Annual report on the Civil Veterinary Department, Burma (including the Insein Veterinary School) - 1910-1922
Year: 1910
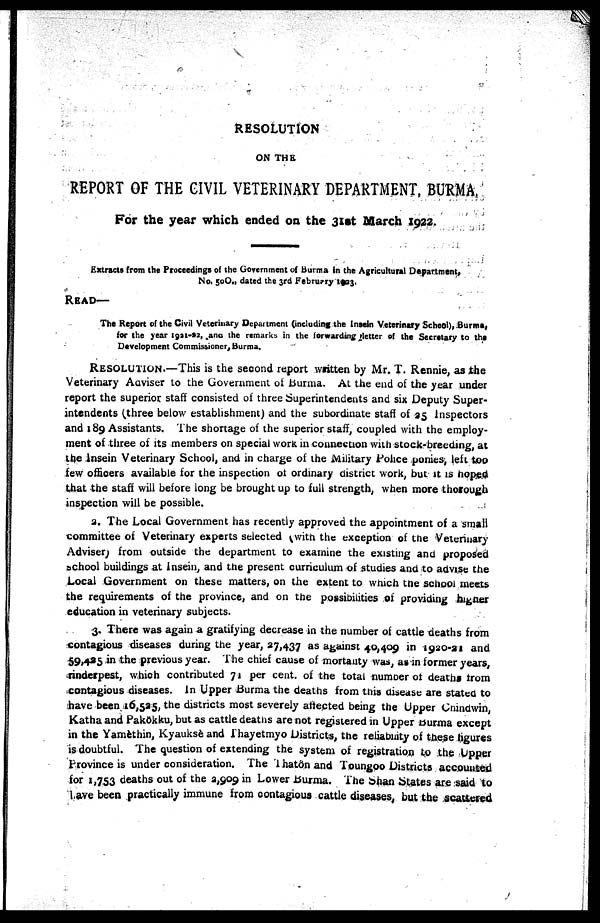
RESOLUTION
ON THE
REPORT OF THE CIVIL VETERINARY DEPARTMENT, BURMA,
For the year which ended on the 31st March 1922.
Extracts from the Proceedings of the Government of Burma in the Agricultural Department,
No. 50O., dated the 3rd February 1933,
READ—
The Report of the Civil Veterinary Department (including the Insein Veterinary School), Burma,
for the year 1921-22, and the remarks in the forwarding gletter of the Secretary to the
Development Commissioner, Burma.
RESOLUTION.—This is the second report written by Mr. T. Rennie, as the
Veterinary Aaviser to the Government of Burma. At the end of the year under
report the superior staff consisted of three Superintendents and six Deputy Super-
intendents (three below establishment) and the subordinate staff of 35 Inspectors
and 189 Assistants. The shortage of the superior staff, coupled with the employ-
ment of three of its members on special work in connection with stock-breeding, at
the Insein Veterinary School, and in charge of the Military Police ponies, left too
few officers available for the inspection of ordinary district work, but it is hoped
that the staff will before long be brought up to full strength, when more thorough
inspection will be possible.
a. The Local Government has recently approved the appointment of a small
committee of Veterinary experts selected (with the exception of the Veterinary
Adviser) from outside the department to examine the existing and proposed
school buildings at Insein, and the present curriculum of studies and to advise the
Local Government on these matters, on the extent to which the school meets
the requirements of the province, and on the possibilities of providing higher
education in veterinary subjects.
3. There was again a gratifying decrease in the number of cattle deaths from
contagious diseases during the year, 27,437 as against 40,409 in 1920-21 and
59,435 in the previous year. The chief cause of mortality was, as in former years,
rinderpest, which contributed 71 per cent. of the total number of deaths from
contagious diseases. In Upper Burma the deaths from this disease are stated to
have been 16,525, the districts most severely affected being the Upper Chindwin,
Katha and Pakôkku, but as cattle deaths are not registered in Upper Burma except
in the Yamèthin, Kyauksè and Thayetmyo Districts, the reliability of these figures
is doubtful. The question of extending the system of registration to the Upper
Province is under consideration. The Thatôn and Toungoo Districts accounted
for 1,753 deaths out of the 2,909 in Lower Burma. The Shan States are said to
have been practically immune from contagious cattle diseases, but the scattered